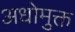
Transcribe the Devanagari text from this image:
अधोमुक्त